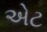
એટ